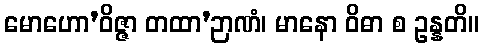
မောဟော’ဝိဇ္ဇာ တထာ’ဉာဏံ၊ မာနော ဝိဓာ စ ဥန္နတိ။